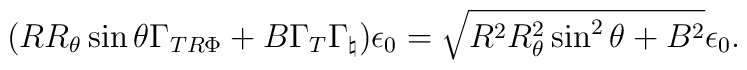
(R R_{\theta} \sin \theta \Gamma_{TR\Phi} + B \Gamma_T \Gamma_{\natural})                                              \epsilon_0 =\sqrt{R^2 R_{\theta}^2 \sin^2 \theta + B^2} \epsilon_0.